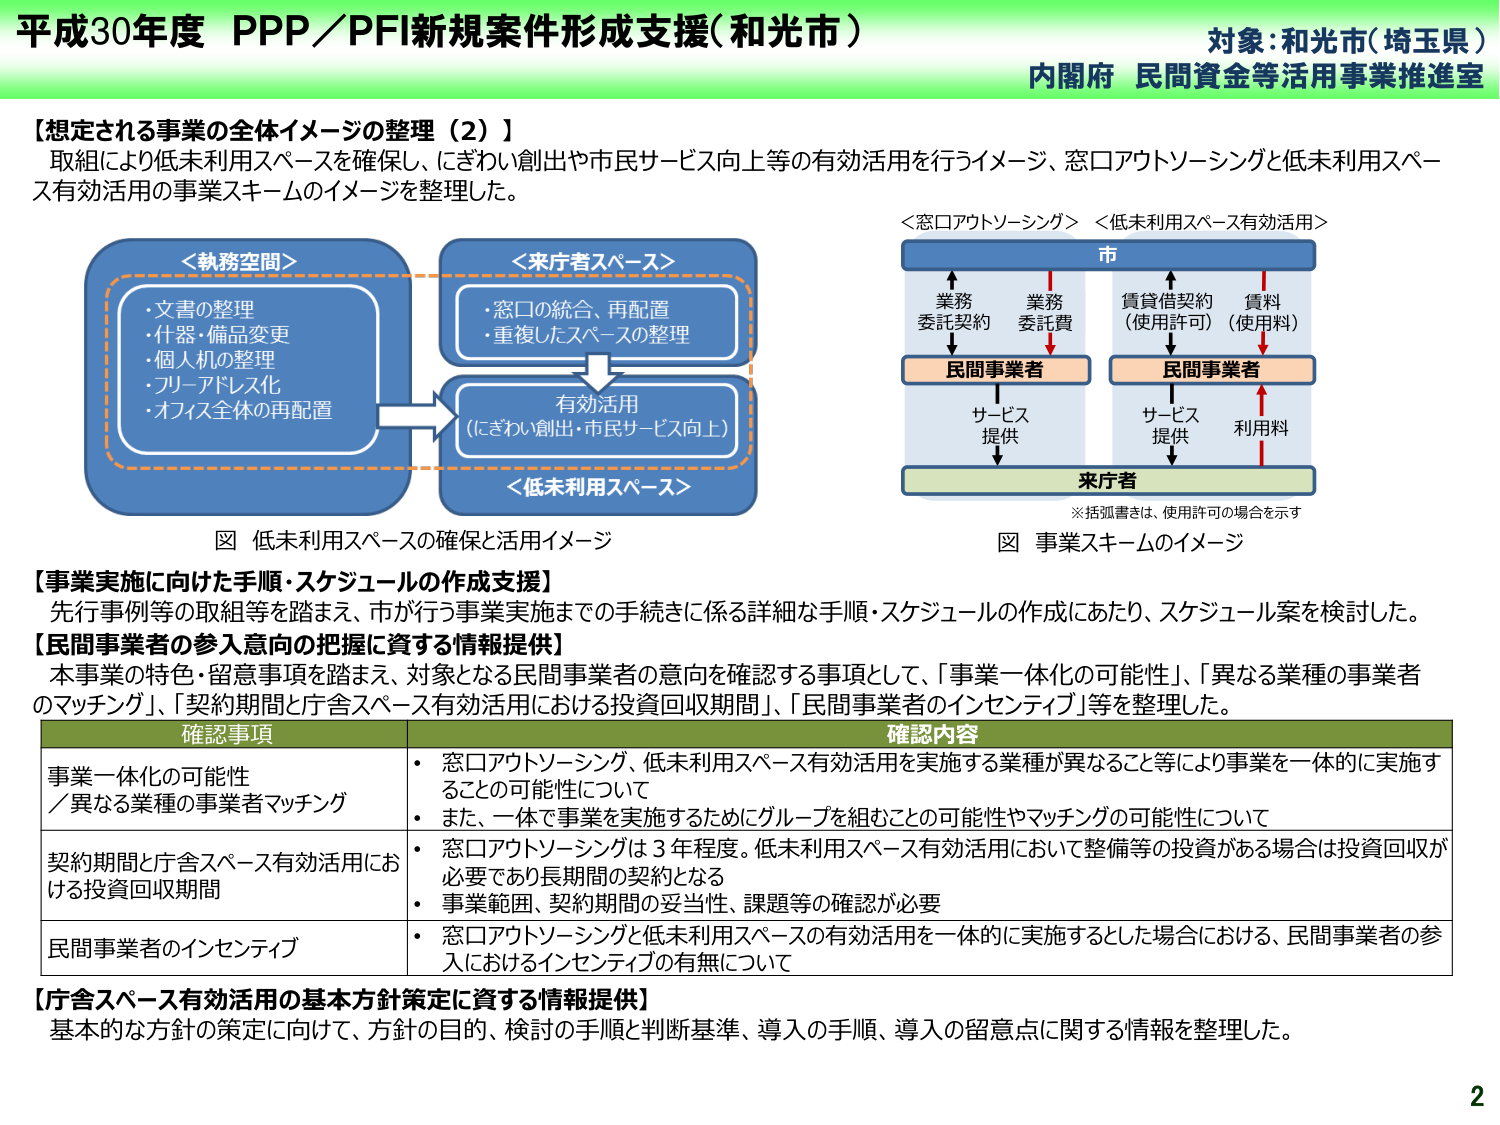
平成30年度 PPP／PFI新規案件形成支援（和光市）
対象：和光市（埼玉県）
内閣府 民間資金等活用事業推進室

【想定される事業の全体イメージの整理（2）】
取組により低未利用スペースを確保し、にぎわい創出や市民サービス向上等の有効活用を行うイメージ、窓口アウトソーシングと低未利用スペース有効活用の事業スキームのイメージを整理した。

＜執務空間＞
・文書の整理
・什器・備品変更
・個人机の整理
・フリーアドレス化
・オフィス全体の再配置

＜来庁者スペース＞
・窓口の統合、再配置
・重複したスペースの整理

有効活用
（にぎわい創出・市民サービス向上）

＜低未利用スペース＞

図 低未利用スペースの確保と活用イメージ

＜窓口アウトソーシング＞ ＜低未利用スペース有効活用＞
市
業務委託契約 業務委託費 賃貸借契約（使用許可） 賃料（使用料）
↓ ↓ ↓ ↓
民間事業者 民間事業者
サービス提供 サービス提供 利用料
↓ ↓
来庁者

※括弧書きは、使用許可の場合を示す
図 事業スキームのイメージ

【事業実施に向けた手順・スケジュールの作成支援】
先行事例等の取組等を踏まえ、市が行う事業実施までの手続きに係る詳細な手順・スケジュールの作成にあたり、スケジュール案を検討した。

【民間事業者の参入意向の把握に資する情報提供】
本事業の特色・留意事項を踏まえ、対象となる民間事業者の意向を確認する事項として、「事業一体化の可能性」、「異なる業種の事業者のマッチング」、「契約期間と庁舎スペース有効活用における投資回収期間」、「民間事業者のインセンティブ」等を整理した。

確認事項 確認内容
事業一体化の可能性／異なる業種の事業者マッチング
・窓口アウトソーシング、低未利用スペース有効活用を実施する業種が異なること等により事業を一体的に実施することの可能性について
・また、一体で事業を実施するためにグループを組むことの可能性やマッチングの可能性について

契約期間と庁舎スペース有効活用における投資回収期間
・窓口アウトソーシングは3年程度。低未利用スペース有効活用において整備等の投資がある場合は投資回収が必要であり長期間の契約となる
・事業範囲、契約期間の妥当性、課題等の確認が必要

民間事業者のインセンティブ
・窓口アウトソーシングと低未利用スペースの有効活用を一体的に実施するとした場合における、民間事業者の参入におけるインセンティブの有無について

【庁舎スペース有効活用の基本方針策定に資する情報提供】
基本的な方針の策定に向けて、方針の目的、検討の手順と判断基準、導入の手順、導入の留意点に関する情報を整理した。

2